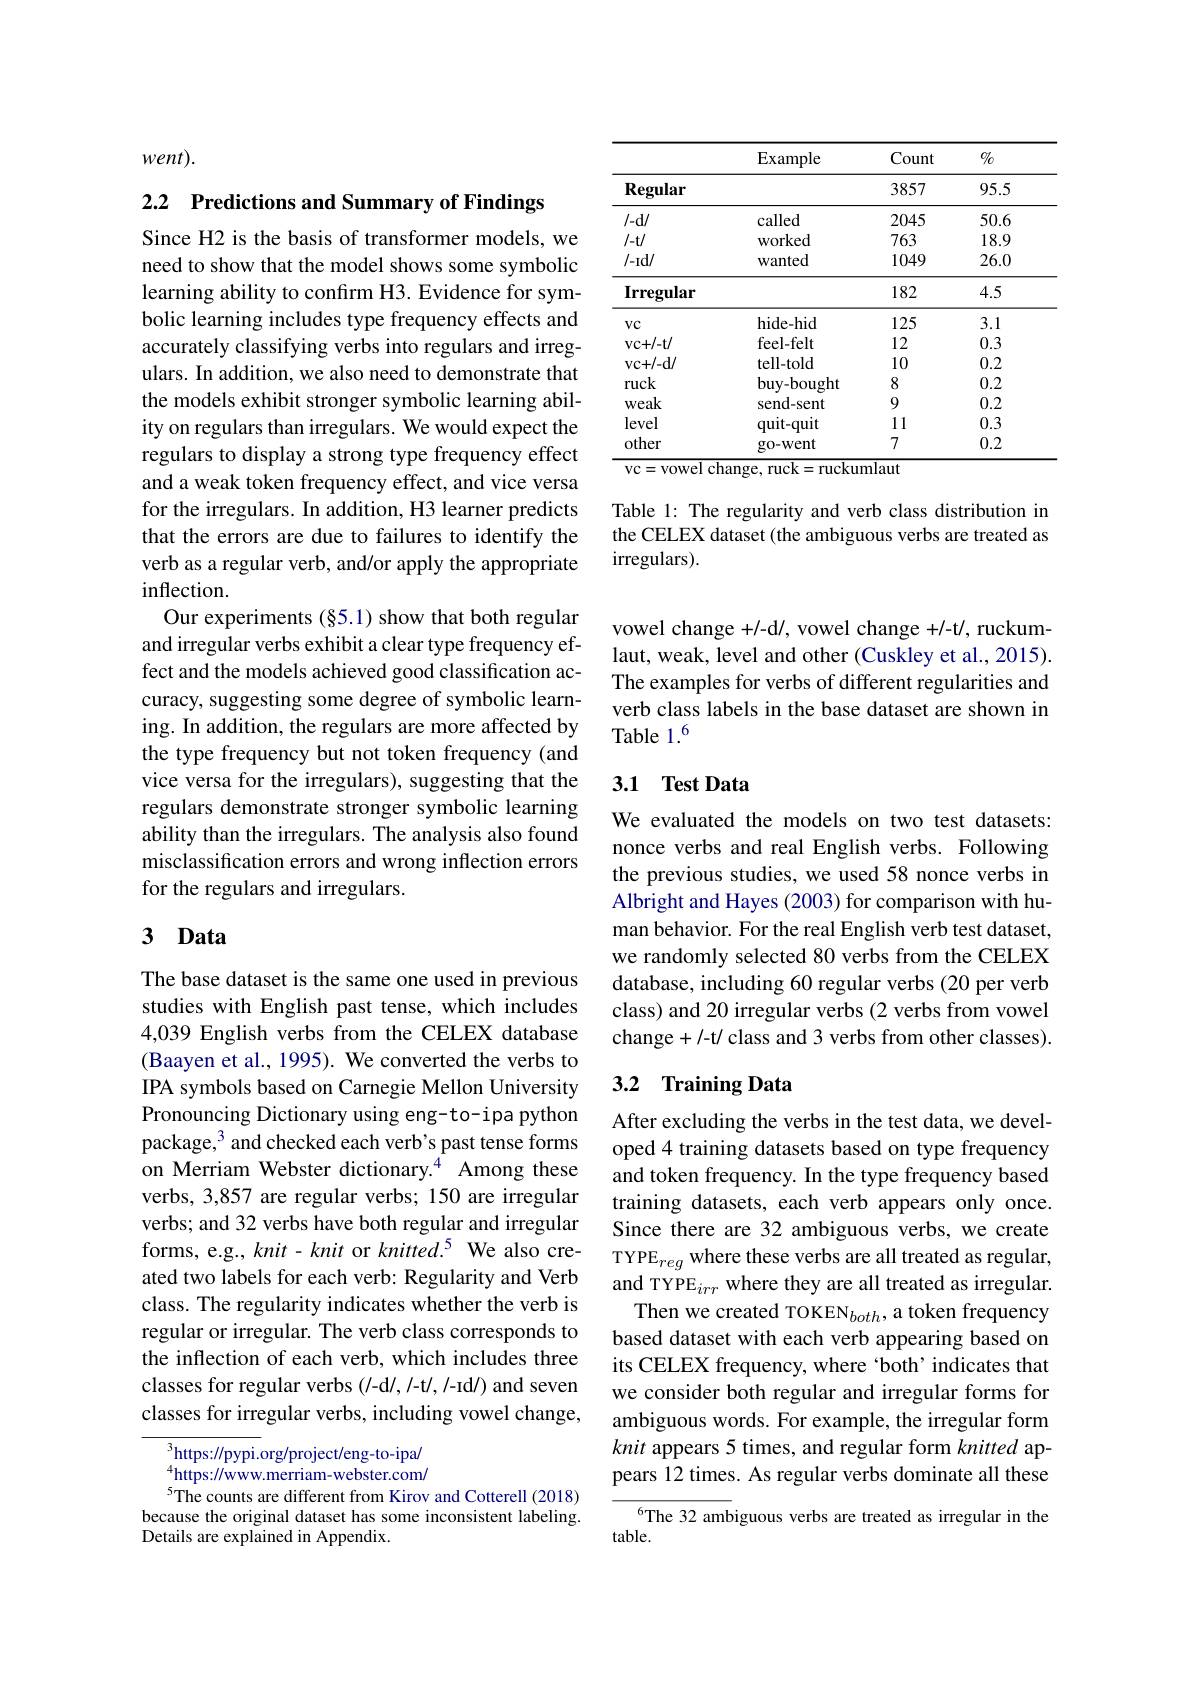
$went).$

2.2 Predictions and Summary of Findings

Since H2 is the basis of transformer models, we need to show that the model shows some symbolic learning ability to confırm H3. Evidence for symbolic learning includes type frequency effects and accurately classifying verbs into regulars and irregulars. In addition, we also need to demonstrate that the models exhibit stronger symbolic learning ability on regulars than irregulars. We would expect the regulars to display a strong type frequency effect and a weak token frequency effect, and vice versa for the irregulars. In addition, H3 learner predicts that the errors are due to failures to identify the verb as a regular verb, and/or apply the appropriate inflection.
Our experiments (§5.1) show that both regular and irregular verbs exhibit a clear type frequency effect and the models achieved good classification accuracy, suggesting some degree of symbolic learning. In addition, the regulars are more affected by the type frequency but not token frequency (and vice versa for the irregulars), suggesting that the regulars demonstrate stronger symbolic learning ability than the irregulars. The analysis also found misclassification errors and wrong inflection errors for the regulars and irregulars.

## 3 Data

The base dataset is the same one used in previous studies with English past tense, which includes 4,039 English verbs from the CELEX database (Baayen et al., 1995). We converted the verbs to IPA symbols based on Carnegie Mellon University Pronouncing Dictionary using eng-to-ipa python package, 3 and checked each verb's past tense forms on Merriam Webster dictionary.$^{4}$ Among these verbs, 3,857 are regular verbs; 150 are irregular verbs; and 32 verbs have both regular and irregular forms, e.g., $knit-knit$ or $knitted.^5$ We also created two labels for each verb: Regularity and Verb class. The regularity indicates whether the verb is regular or irregular. The verb class corresponds to the inflection of each verb, which includes three classes for regular verbs (/-d/, /-t/, /-Id/) and seven classes for irregular verbs, including vowel change,

$^3$https://pypi.org/project/eng-to-ipa/

$^{4}$https://www.merriam-webster.com/
$^{5}$The counts are different from Kirov and Cotterell (2018) because the original dataset has some inconsistent labeling. Details are explained in Appendix.

<table>
	<tbody>
		<tr>
			<th> </th>
			<th>Example</th>
			<th>Count</th>
			<th>$0/_{0}$</th>
		</tr>
		<tr>
			<th>Regular</th>
			<th> </th>
			<th>3857</th>
			<th>95.5</th>
		</tr>
		<tr>
			<td>$I-d/$</td>
			<td>called</td>
			<td>2045</td>
			<td>50.6</td>
		</tr>
		<tr>
			<td>$I-t/$</td>
			<td>worked</td>
			<td>763</td>
			<td>18.9</td>
		</tr>
		<tr>
			<td>$I-Id/$</td>
			<td>wanted</td>
			<td>1049</td>
			<td>26.0</td>
		</tr>
		<tr>
			<td>Irregular</td>
			<td> </td>
			<td>182</td>
			<td>4.5</td>
		</tr>
		<tr>
			<td>$VC$</td>
			<td>hide-hid</td>
			<td>125</td>
			<td>3.1</td>
		</tr>
		<tr>
			<td>VC+ / - t/ </td>
			<td>feel-felt</td>
			<td>12</td>
			<td>0.3</td>
		</tr>
		<tr>
			<td>VC+ / - d/ </td>
			<td>tell-told</td>
			<td>10</td>
			<td>0.2</td>
		</tr>
		<tr>
			<td>ruck</td>
			<td>buy-bought</td>
			<td>8</td>
			<td>0.2</td>
		</tr>
		<tr>
			<td>Weak</td>
			<td>send-sent</td>
			<td>9</td>
			<td>0.2</td>
		</tr>
		<tr>
			<td>level</td>
			<td>quit-quit</td>
			<td>11</td>
			<td>0.3</td>
		</tr>
		<tr>
			<td>other</td>
			<td>go-went</td>
			<td>7</td>
			<td>0.2</td>
		</tr>
	</tbody>
</table>
change

Table 1: The regularity and verb class distribution im the CELEX dataset (the ambiguous verbs are treated as irregulars).

vowel change +/-d/, vowel change +/-t/, ruckumlaut, weak, level and other (Cuskley et al., 2015). The examples for verbs of different regularities and verb class labels in the base dataset are shown in Table 1.$^{6}$

## 3.1 Test Data

We evaluated the models on two test datasets: nonce verbs and real English verbs. Following the previous studies, we used 58 nonce verbs in Albright and Hayes (2003) for comparison with human behavior. For the real English verb test dataset, we randomly selected 80 verbs from the CELEX database, including 60 regular verbs (20 per verb class) and 20 irregular verbs (2 verbs from vowel change + /-t/ class and 3 verbs from other classes).

## 3.2 Training Data

After excluding the verbs in the test data, we developed 4 training datasets based on type frequency and token frequency. In the type frequency based training datasets, each verb appears only once. Since there are 32 ambiguous verbs, we create TYPE$_reg$ where these verbs are all treated as regular, and TYPE$_irr$ where they are all treated as irregular. Then we created TOKEN$_both$, a token frequency
based dataset with each verb appearing based on its CELEX frequency, where‘both’indicates that we consider both regular and irregular forms for ambiguous words. For example, the irregular form knit appears 5 times, and regular form knitted appears 12 times. As regular verbs dominate all these

6The 32 ambiguous verbs are treated as irregular in the
table.